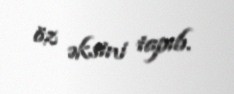
öz əksini tapıb.